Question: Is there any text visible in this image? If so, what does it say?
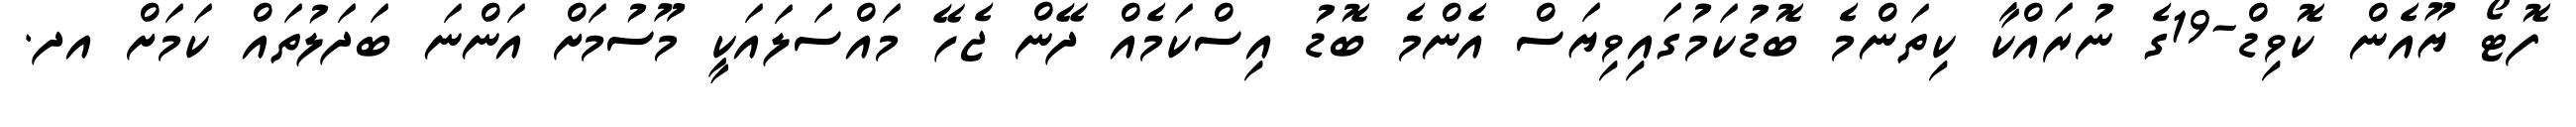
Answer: ފޮޓޯ ޔޫއެން ކޮވިޑް-19ގެ ނުރައްކާ ކިތަންމެ ބޮޑުކަމުގައިވިޔަސް އެންމެ ބޮޑު އިސްކަމެއް ދޭން ޖެހޭ މައްސަލައަކީ މޫސުމަށް އަންނަ ބަދަލުތައް ކަމަށް އދ.